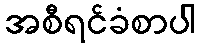
အစီရင်ခံစာပါ